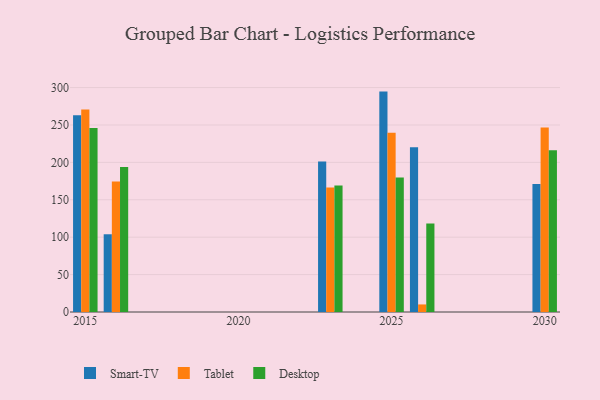
{"axis": {"x": "Year", "y": "Population (Million)"}, "legend": ["Desktop", "Smart-TV", "Tablet"], "data": [{"x": "2016", "y": 103.9, "type": "Smart-TV"}, {"x": "2016", "y": 174.3, "type": "Tablet"}, {"x": "2016", "y": 193.7, "type": "Desktop"}, {"x": "2026", "y": 220.1, "type": "Smart-TV"}, {"x": "2026", "y": 10.1, "type": "Tablet"}, {"x": "2026", "y": 118.4, "type": "Desktop"}, {"x": "2023", "y": 201.2, "type": "Smart-TV"}, {"x": "2023", "y": 166.4, "type": "Tablet"}, {"x": "2023", "y": 169.2, "type": "Desktop"}, {"x": "2025", "y": 294.6, "type": "Smart-TV"}, {"x": "2025", "y": 239.7, "type": "Tablet"}, {"x": "2025", "y": 179.8, "type": "Desktop"}, {"x": "2015", "y": 263.0, "type": "Smart-TV"}, {"x": "2015", "y": 270.7, "type": "Tablet"}, {"x": "2015", "y": 245.9, "type": "Desktop"}, {"x": "2030", "y": 171.2, "type": "Smart-TV"}, {"x": "2030", "y": 246.5, "type": "Tablet"}, {"x": "2030", "y": 216.3, "type": "Desktop"}]}